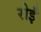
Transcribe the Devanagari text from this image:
रोईं